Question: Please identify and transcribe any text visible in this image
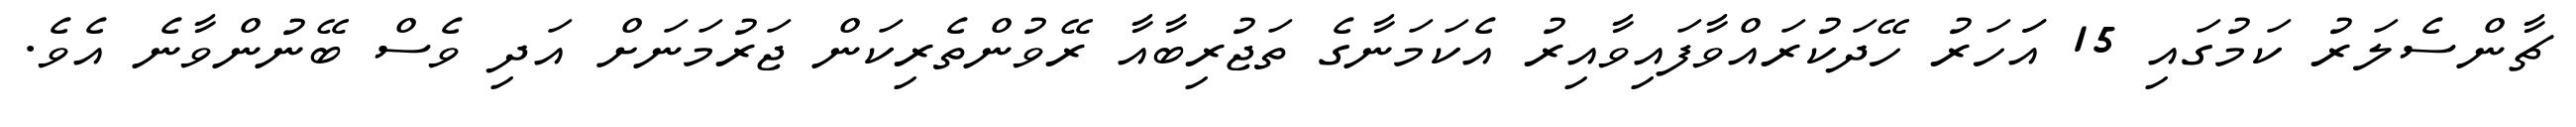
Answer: ޗާންސެލަރު ކަމުގައި 15 އަަހަރު ހޭދަކުރައްވާފައިވާއިރު އެކަމަނާގެ ތަޖުރިބާއާ ރޭވުންތެރިކަން ޖަރުމަނަށް އަދި ވެސް ބޭނުންވާނެ އެވެ.